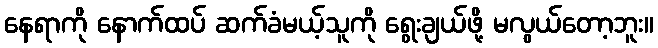
နေရာကို နောက်ထပ် ဆက်ခံမယ့်သူကို ရွေးချယ်ဖို့ မလွယ်တော့ဘူး။